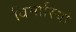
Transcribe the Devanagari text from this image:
बिमारियो